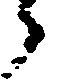
郎